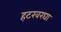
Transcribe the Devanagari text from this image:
हटखरघा